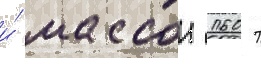
и́ массои 160 т